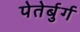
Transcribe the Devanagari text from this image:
पेतेर्बुर्ग